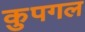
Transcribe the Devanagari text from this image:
कुपगल